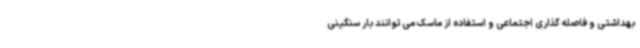
بهداشتی و فاصله گذاری اجتماعی و استفاده از ماسک می توانند بار سنگینی